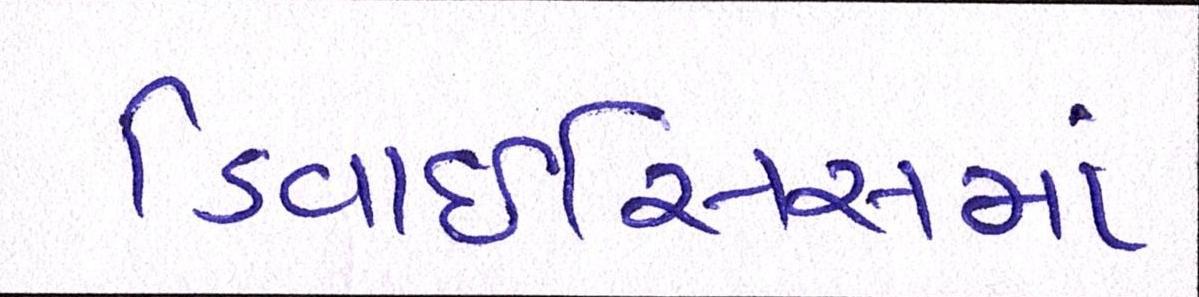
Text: ડિવાઇસિસમાં